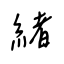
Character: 緒